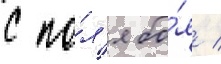
с по́л'я бо́я /